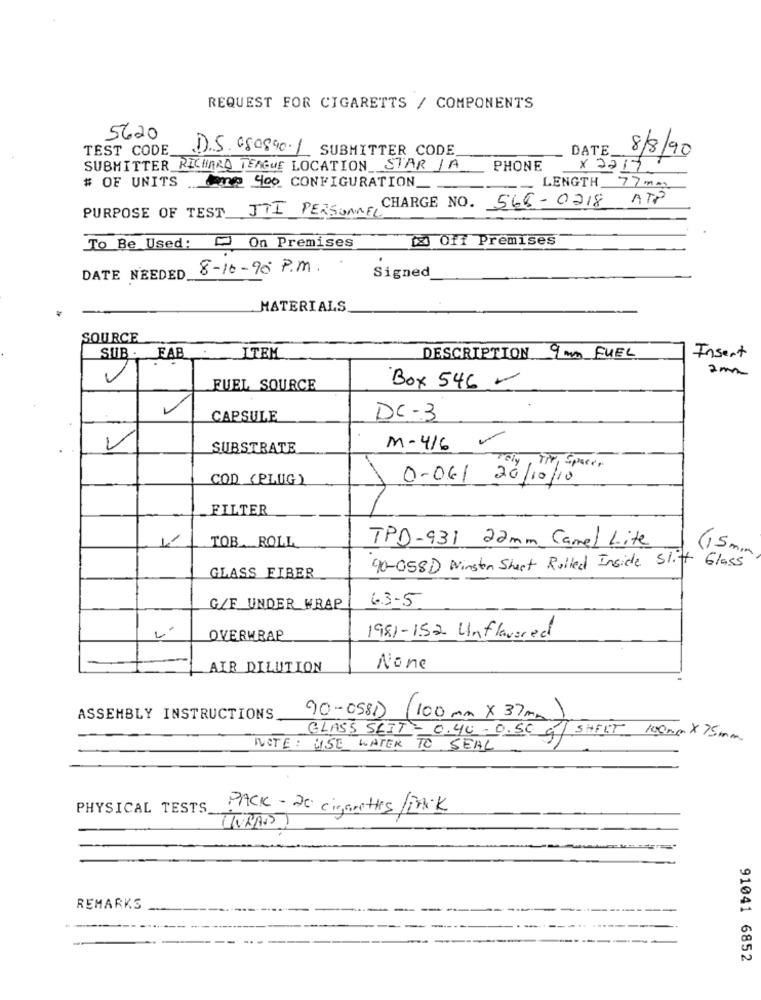
REQUEST FOR CIGARETTS / COMPONENTS
5620
TEST CODE
D.S. 080890·1 SUBMITTER CODE
DATE.
8/8/90
SUBMITTER RICHARD TEAGUE LOCATION STAR JA
PHONE
x 2217
# OF UNITS Q 400 CONFIGURATION.
LENGTH 77 mm
PURPOSE OF TEST JTI PERSONNEL CHARGE NO. 568-0218
ATP
120 Off Premises
To Be Used: - On Premises
8-10-90 P.M.
DATE NEEDED
Signed
MATERIALS
SOURCE
SUB . FAB
ITEM
DESCRIPTION 9 mm FUEL
Insert
2m
V
FUEL SOURCE
Box 546 -
CAPSULE
DC-3
SUBSTRATE
M-416
Tely
Tir, Spacer
COD (PLUG)
0-061 20/10/10
FILTER
TPD-931 22mm Camel Lite
TOB ROLL
6,5 mm
90-058D Winston Sheet Rolled Inside Slift Glass
GLASS FIBER
63-5
G/F UNDER WRAP
OVERWRAP
1981-152 Unflavored
AIR DILUTION
90-0581)
ASSEMBLY INSTRUCTIONS
100 mm x 37 mm
GLASS SEIT = 0.40 -0.50 g/ SHEET 100mm x 75mm
NOTE: USE WATER TO SEAL
PHYSICAL TESTS
PACK - 20 cigarettes/PACK
LIVRAS)
REMARKS
91041 6852